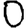
Digit: 0